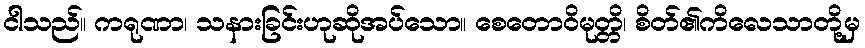
ငါသည်။ ကရုဏာ၊ သနားခြင်းဟုဆိုအပ်သော။ စေတောဝိမုတ္တိ၊ စိတ်၏ကိလေသာတို့မှ